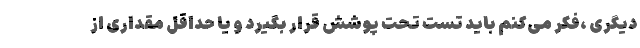
دیگری ،فکر می‌کنم باید تست تحت پوشش قرار بگیرد و یا حداقل مقداری از